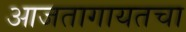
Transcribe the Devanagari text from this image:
आजतागायतचा